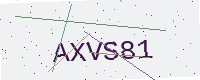
Text: AXVS81